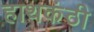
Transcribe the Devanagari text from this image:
हाथकंठी